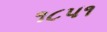
૧૮૫૧